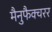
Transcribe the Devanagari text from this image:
मैनुफैक्चरर